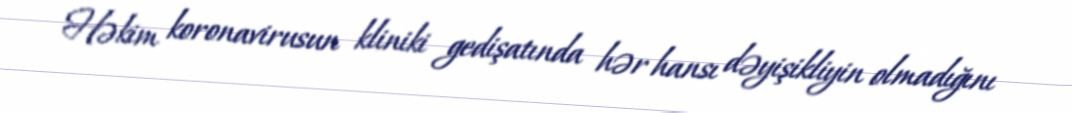
Həkim koronavirusun kliniki gedişatında hər hansı dəyişikliyin olmadığını